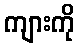
ကျားကို